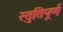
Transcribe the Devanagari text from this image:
स्तुतिपूर्ण